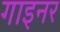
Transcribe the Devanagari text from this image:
गाइनर